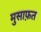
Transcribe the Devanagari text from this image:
मुसाफ़त